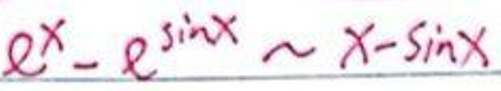
\(e ^ { x } - e ^ { \sin x } \sim x - \sin x\)